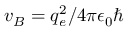
v _ { B } = q _ { e } ^ { 2 } / 4 \pi \epsilon _ { 0 } \hbar